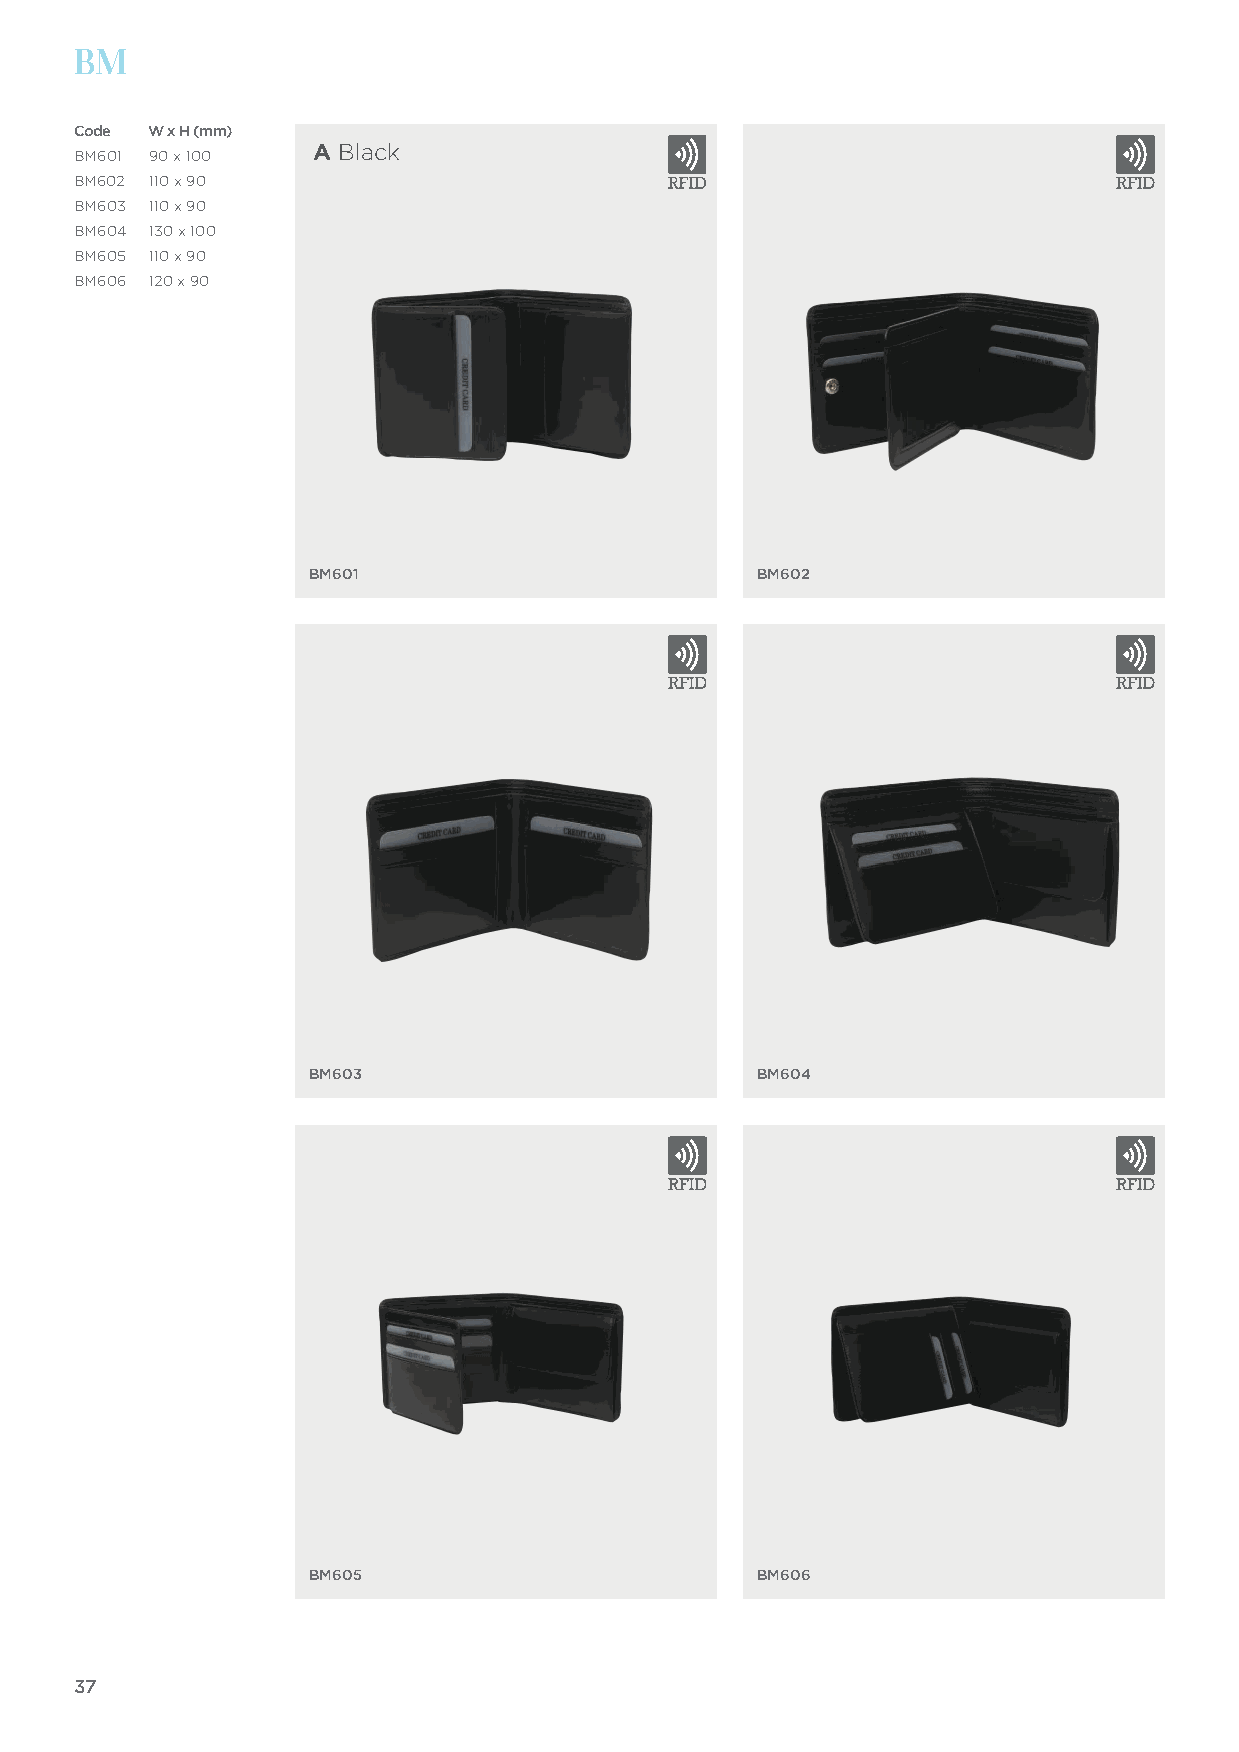
BM
 Code W x H (mm)
 BM601 90 x 100  A Black
 BM602 110 x 90
 BM603 110 x 90
 BM604 130 x 100
 BM605 110 x 90
 BM606 120 x 90
 BM601                        BM602
 BM603                        BM604
 BM605                        BM606
 37